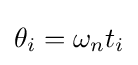
\theta _{i}=\omega _{n}t_{i}